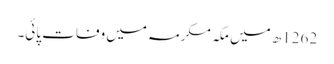
1262ھ میں مکہ مکرمہ میں وفات پائی۔